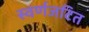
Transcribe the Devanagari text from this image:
स्वर्णजटित